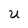
Character: U